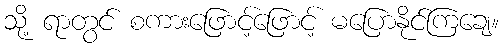
သို့ ရာတွင် စကားဖြောင့်ဖြောင့် မပြောနိုင်ကြချေ။